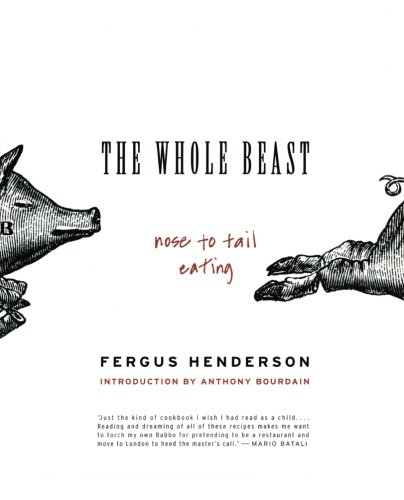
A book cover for The Whole Beast: Nose to Tail Eating; Fergus Henderson; Cookbooks, Food & Wine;